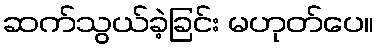
ဆက်သွယ်ခဲ့ခြင်း မဟုတ်ပေ။